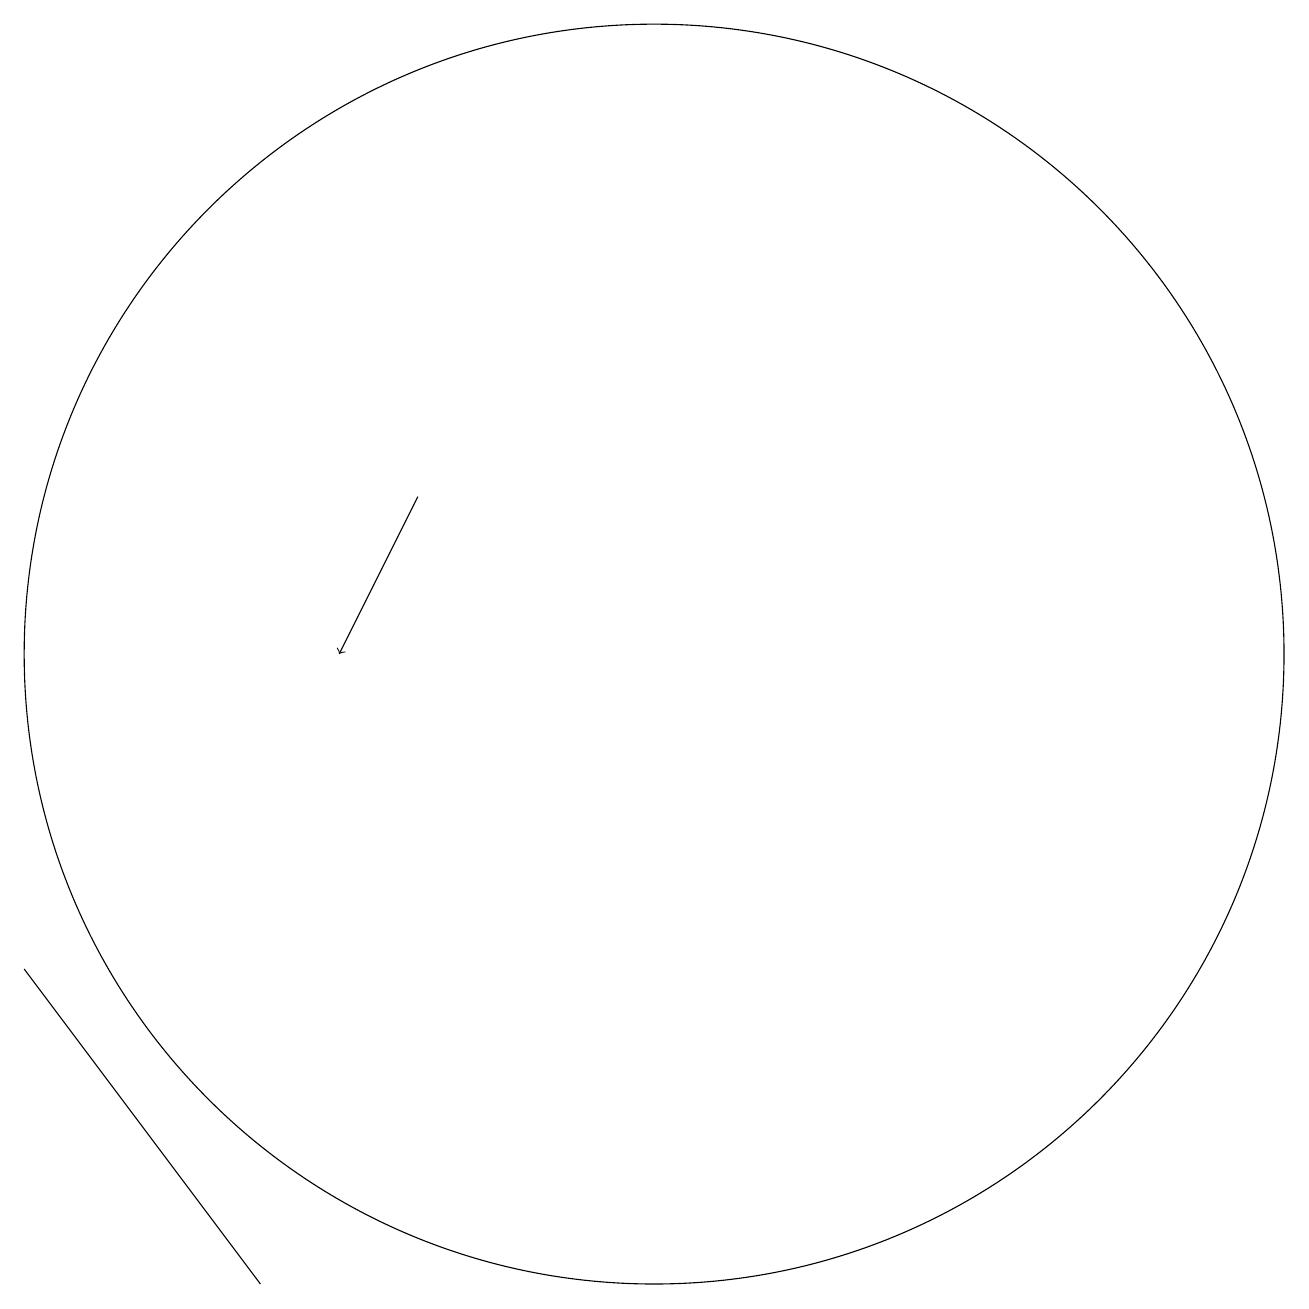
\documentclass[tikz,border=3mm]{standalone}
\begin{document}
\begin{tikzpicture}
\draw[->] (7,13) -- (6,11);
\draw (10,11) circle (8);
\draw (5,3) -- (2,7) -- (5,3) -- cycle;
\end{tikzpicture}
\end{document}